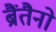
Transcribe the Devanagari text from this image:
ब्रैंतैनो